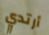
أرتدي